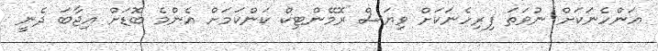
އަންހެނަކަށް ނުވަތަ ފިރިހެނަކަށް ވިޔަސް ރޮމޭންޓިކް ކަންކަމަށް އެންމެ ބޮޑަށް އިޖާބަ ދެނީ